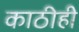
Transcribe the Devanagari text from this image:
काठीही